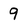
Character: 9